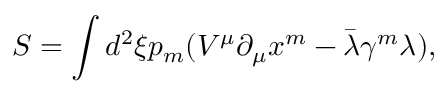
S = \int d ^ { 2 } \xi p _ { m } ( V ^ { \mu } \partial _ { \mu } x ^ { m } - \bar { \lambda } \gamma ^ { m } \lambda ) ,